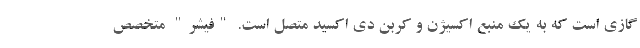
گازی است که به یک منبع اکسیژن و کربن دی اکسید متصل است. "فیشر" متخصص